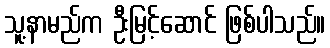
သူ့နာမည်က ဦးမြင့်ဆောင် ဖြစ်ပါသည်။